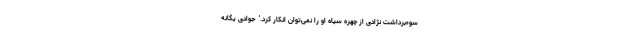
سوءبرداشت نژادی از چهره سیاه او را نمی‌‌توان انکار کرد.' ‌ جوادی یگانه